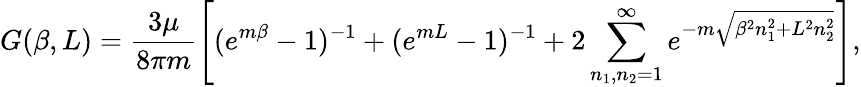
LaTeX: G(\beta,L)=\frac{3\mu}{8\pi m}\left[(e^{m\beta}-1)^{-1}+(e^{mL}-1)^{-1}+2\sum_{n_{1},n_{2}=1}^{\infty}e^{-m\sqrt{\beta^{2}n_{1}^{2}+L^{2}n_{2}^{2}}}\right],